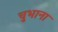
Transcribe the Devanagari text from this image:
चुभाना